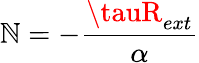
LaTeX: \mathbb{N}=-{\frac{{\tauR_{ext}}}{{\alpha}}}